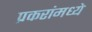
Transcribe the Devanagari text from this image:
प्रकरांमध्ये